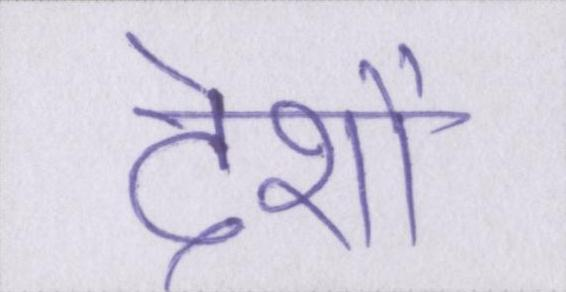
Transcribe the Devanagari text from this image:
देशों